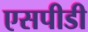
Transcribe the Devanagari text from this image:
एसपीडी